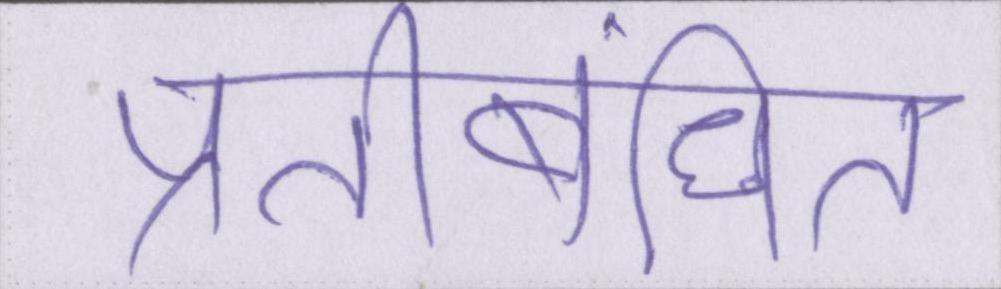
प्रतिबंधित